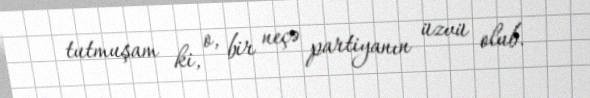
tutmuşam ki, o, bir neçə partiyanın üzvü olub.